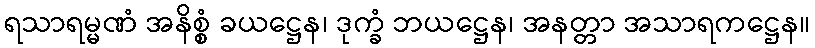
ရသာရမ္မဏံ အနိစ္စံ ခယဋ္ဌေန၊ ဒုက္ခံ ဘယဋ္ဌေန၊ အနတ္တာ အသာရကဋ္ဌေန။